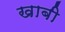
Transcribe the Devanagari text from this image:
खाबी